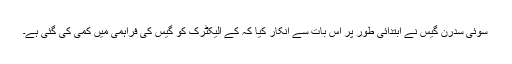
سوئی سدرن گیس نے ابتدائی طور پر اس بات سے انکار کیا کہ کے الیکٹرک کو گیس کی فراہمی میں کمی کی گئی ہے۔